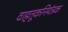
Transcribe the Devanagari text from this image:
वाहतूकनियंत्रक